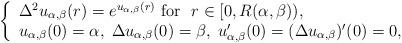
LaTeX: \begin{align*}\left \{\begin{array}{ll} \Delta^{2} u_{\alpha,\beta}(r)= e^{u_{\alpha,\beta}(r)} \ \mbox{for}\ \ r\in [0, R(\alpha,\beta)),\\ u_{\alpha,\beta}(0)=\alpha,\; \Delta u_{\alpha,\beta}(0)=\beta, \; u'_{\alpha,\beta}(0)=(\Delta u_{\alpha,\beta})'(0)=0, \end{array}\right.\end{align*}